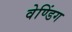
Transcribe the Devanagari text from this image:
वेण्डिंग